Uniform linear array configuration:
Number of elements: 12
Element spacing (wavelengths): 0.25
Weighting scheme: cosine
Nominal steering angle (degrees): -45
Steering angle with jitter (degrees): -43.71
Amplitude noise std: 0.05
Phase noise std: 0.05

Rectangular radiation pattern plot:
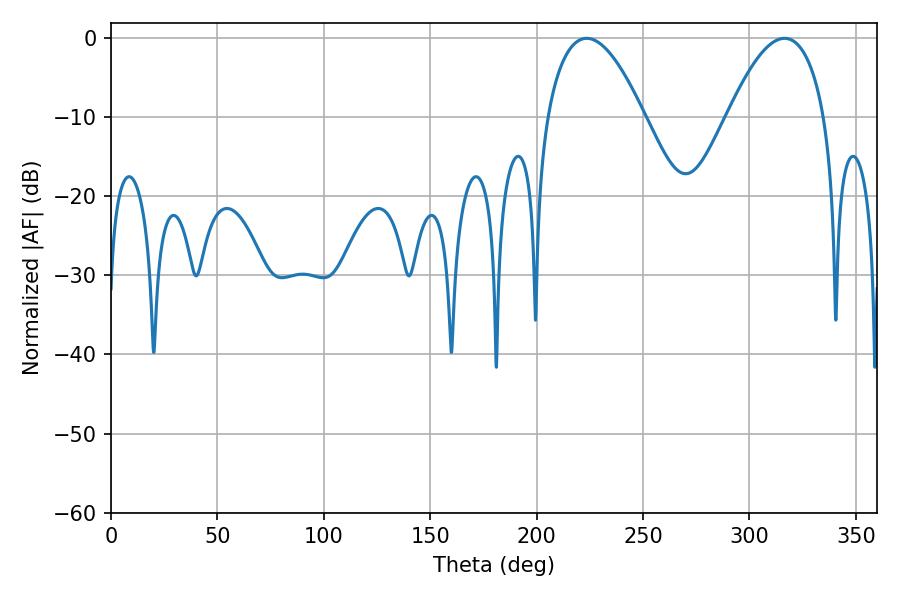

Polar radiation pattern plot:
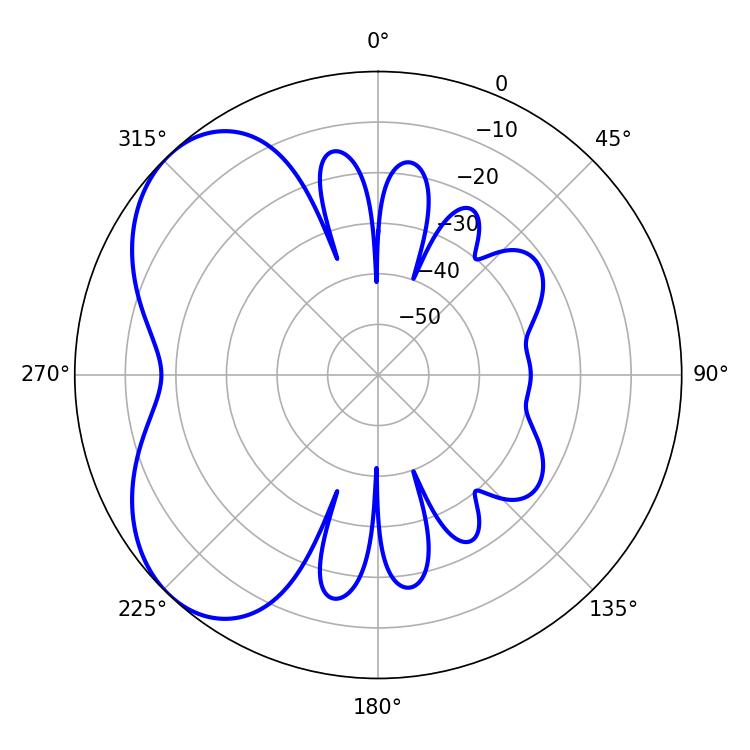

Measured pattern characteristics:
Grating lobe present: FALSE
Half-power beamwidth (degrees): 25.02
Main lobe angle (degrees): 223.56